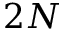
2 N